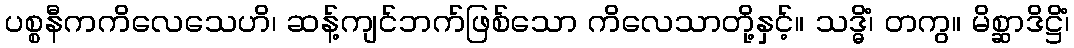
ပစ္စနီကကိလေသေဟိ၊ ဆန့်ကျင်ဘက်ဖြစ်သော ကိလေသာတို့နှင့်။ သဒ္ဓိံ၊ တကွ။ မိစ္ဆာဒိဋ္ဌိံ၊